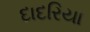
દાદરિયા